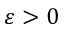
\varepsilon > 0